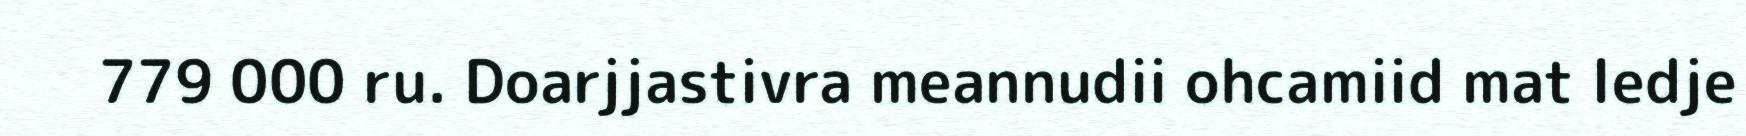
779 000 ru. Doarjjastivra meannudii ohcamiid mat ledje